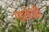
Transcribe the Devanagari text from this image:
पातोळी